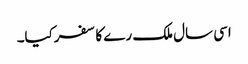
اسی سال ملک رے کا سفرکیا۔